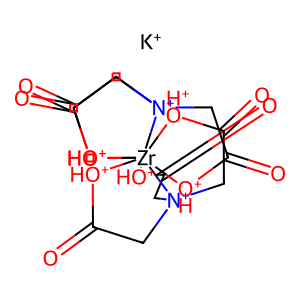
SMILES: O=C1C[N+]23CC(=O)[OH+][Zr]2456([OH+]1)([OH+]C(=O)C3)[OH+]C(=O)C[N+]4(CC(=O)[OH+]5)CC(=O)[OH+]6.[K+]
Inhibits HIV replication: No